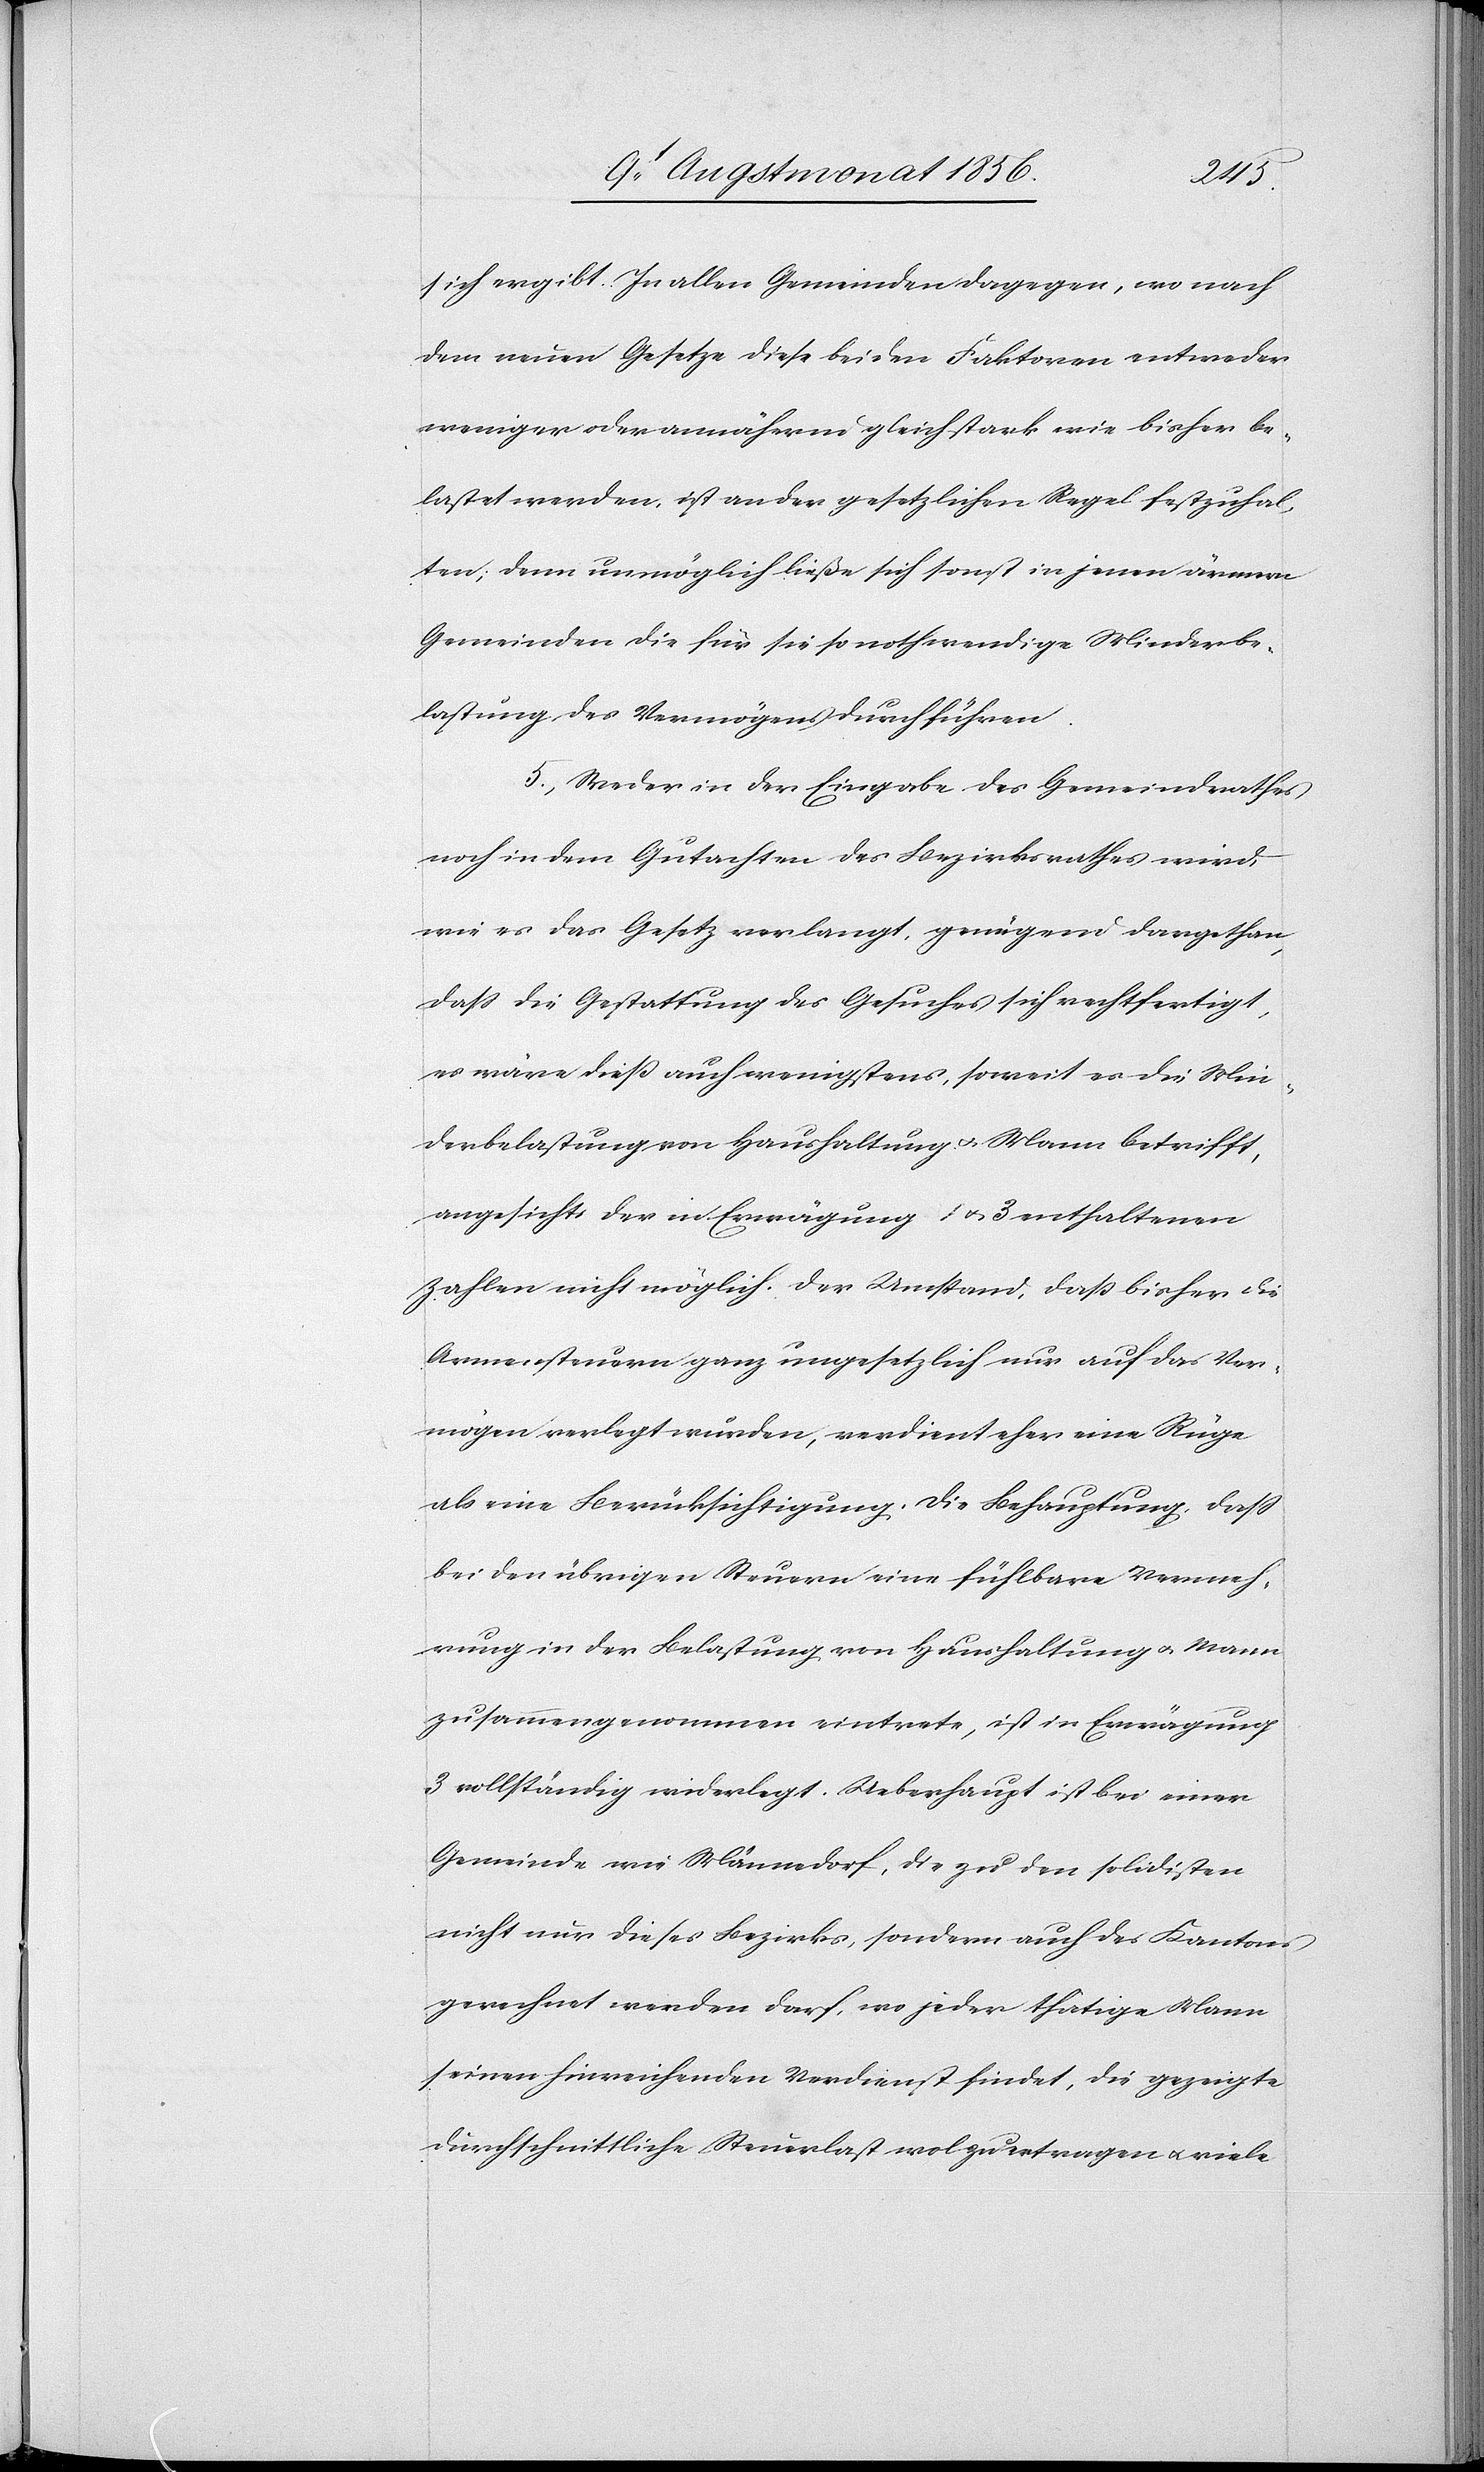
sich ergibt. In allen Gemeinden dagegen, wo nach
dem neuen Gesetze diese beiden Faktoren entweder
weniger oder annährend gleich stark wie bisher be¬
lastet werden, ist an der gesetzlichen Regel festzuhal¬
ten; denn unmöglich ließe sich sonst in jenen ärmern
Gemeinden die für sie so nothwendige Minderbe¬
lastung des Vermögens durchführen.
5.) Weder in der Eingabe des Gemeindrathes
noch in dem Gutachten des Bezirksrathes wird,
wie es das Gesetz verlangt, genügend dargethan,
dass die Gestattung des Gesuches sich rechtfertigt,
es wäre diess auch wenigstens, soweit es die Min¬
derbelastung von Haushaltung u. Mann betrifft,
angesichts der in Erwägung 1 u. 3 enthaltenen
Zahlen nicht möglich. Der Umstand, dass bisher die
Armensteuern ganz ungesetzlich nur auf das Ver¬
mögen verlegt würden, verdient eher eine Rüge
als eine Berücksichtigung. Die Behauptung, dass
bei den übrigen Steuern eine fühlbare Vermeh¬
rung in der Belastung von Haushaltung u. Mann
zusammengenommen eintrete, ist in Erwägung
3 vollständig widerlegt. Ueberhaupt ist bei einer
Gemeinde wie Männedorf, die zu den solidesten
nicht nur dieses Bezirks, sondern auch des Kantons
gerechnet werden darf, wo jeder thätige Mann
seinen hinreichenden Verdienst findet, die gezeigte
durchschnittliche Steuerlast wol zu ertragen u. viele